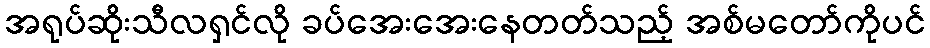
အရုပ်ဆိုးသီလရှင်လို ခပ်အေးအေးနေတတ်သည့် အစ်မတော်ကိုပင်